Leaving Certificate Examination, 1922
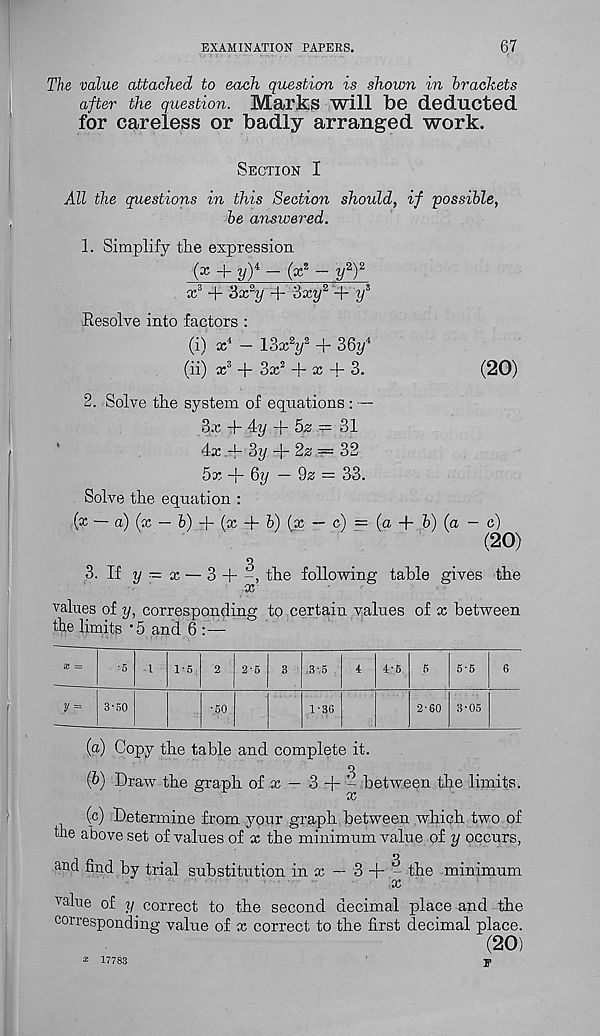
EXAMINATION PAPERS.
67
The value attached to each question is shown in brackets
after the question. Marks will be deducted
for careless or badly arranged work.
Section I
All the questions in this Section should, if possible,
be answered.
1. Simplify the expression
(x + y y - (x 8 - t/ 2 ) 2
x 3 + 3x 2 y + 3xy 2 + y s
Resolve into factors :
(i) x 4 — lox 2 y z + 36?/ 4
(ii) x 3 + 3x 2 + x + 3.
(20)
2. Solve the system of equations : —
3x + 4y + 52 = 31
Rc -i- 3y + 22 = 32
5x + 6?/ — 92 = 33.
Solve the equation :
(x ~ a) (x — b)
(x + &) (x — c) = (a -f b) (a - c)
(20)
o
3. If y — x — 3 + ~, the following table gives the
values of y, corresponding to certain values of x between
the limits *5 and 6 :—
m
3-50
• l 1-5.
•60
2-6 3 ,3-,5
1-36
4-6
2-60
5-6
6
3'05
(a) Copy the table and complete it.
{b) Draw the graph of x — 3 + - between the limits.
x
(c) Determine from your graph between which two of
the above set of values of x the minimum value of y occurs,
and find by trial substitution in x — 3 + ^ the minimum
x
value of y correct to the second decimal place and the
corresponding value of x correct to the first decimal place.
(20)
x 17783